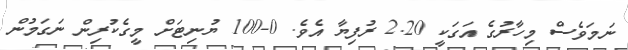
ނަމަވެސް މިހާރުގެ އަގަކީ 2.20 ރުފިޔާ އެވެ. 0-100 ޔުނިޓަށް މީގެކުރިން ނަގަމުން